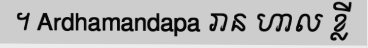
។ Ardhamandapa រាន ហាល ខ្លី